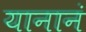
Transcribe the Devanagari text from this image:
यानानं